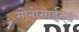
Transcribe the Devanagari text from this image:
मोनोसाईट्स